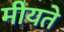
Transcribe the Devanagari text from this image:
मीयते